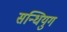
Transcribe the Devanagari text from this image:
सन्धियुग